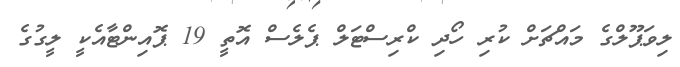
ލިވަޕޫލްގެ މައްޗަށް ކުރި ހޯދި ކްރިސްޓަލް ޕެލެސް އޮތީ 19 ޕޮއިންޓާއެކީ ލީގުގެ